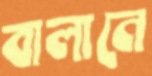
বালানে